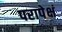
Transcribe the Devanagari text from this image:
परापेक्षं